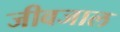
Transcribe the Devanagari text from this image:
जीवजाल